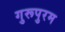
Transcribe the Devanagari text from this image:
गुरूपुरम